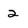
Character: 2